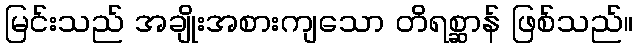
မြင်းသည် အချိုးအစားကျသော တိရစ္ဆာန် ဖြစ်သည်။